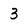
Character: 3